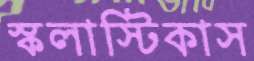
স্কলাস্টিকাস